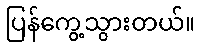
ပြန်ကွေ့သွားတယ်။